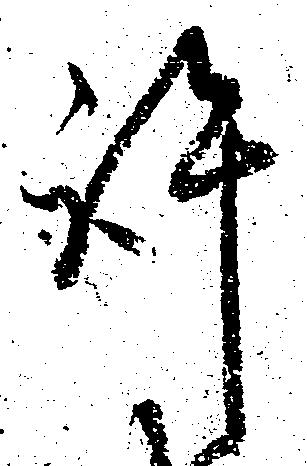
許